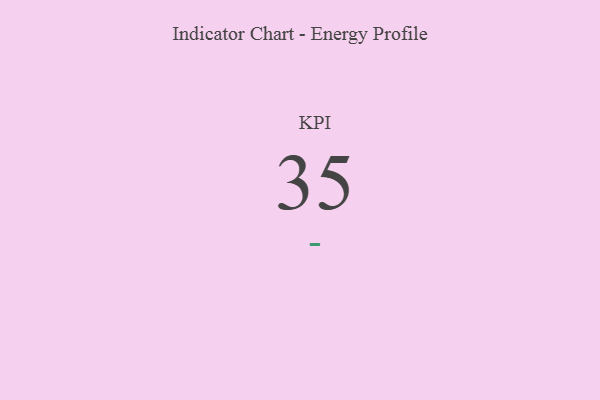
{"axis": {"x": "KPI", "y": "Value"}, "legend": [""], "data": [{"x": "KPI", "y": 35, "type": ""}]}